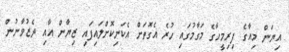
އިޔަން މިއާގެ ފިރިމީހާގެ މަގާމުގައި ހުރެ އެގޮތަށް އެކަނިކޮށްލައިފައި ޒިޔާން އާއި ދެޒުވާނުން